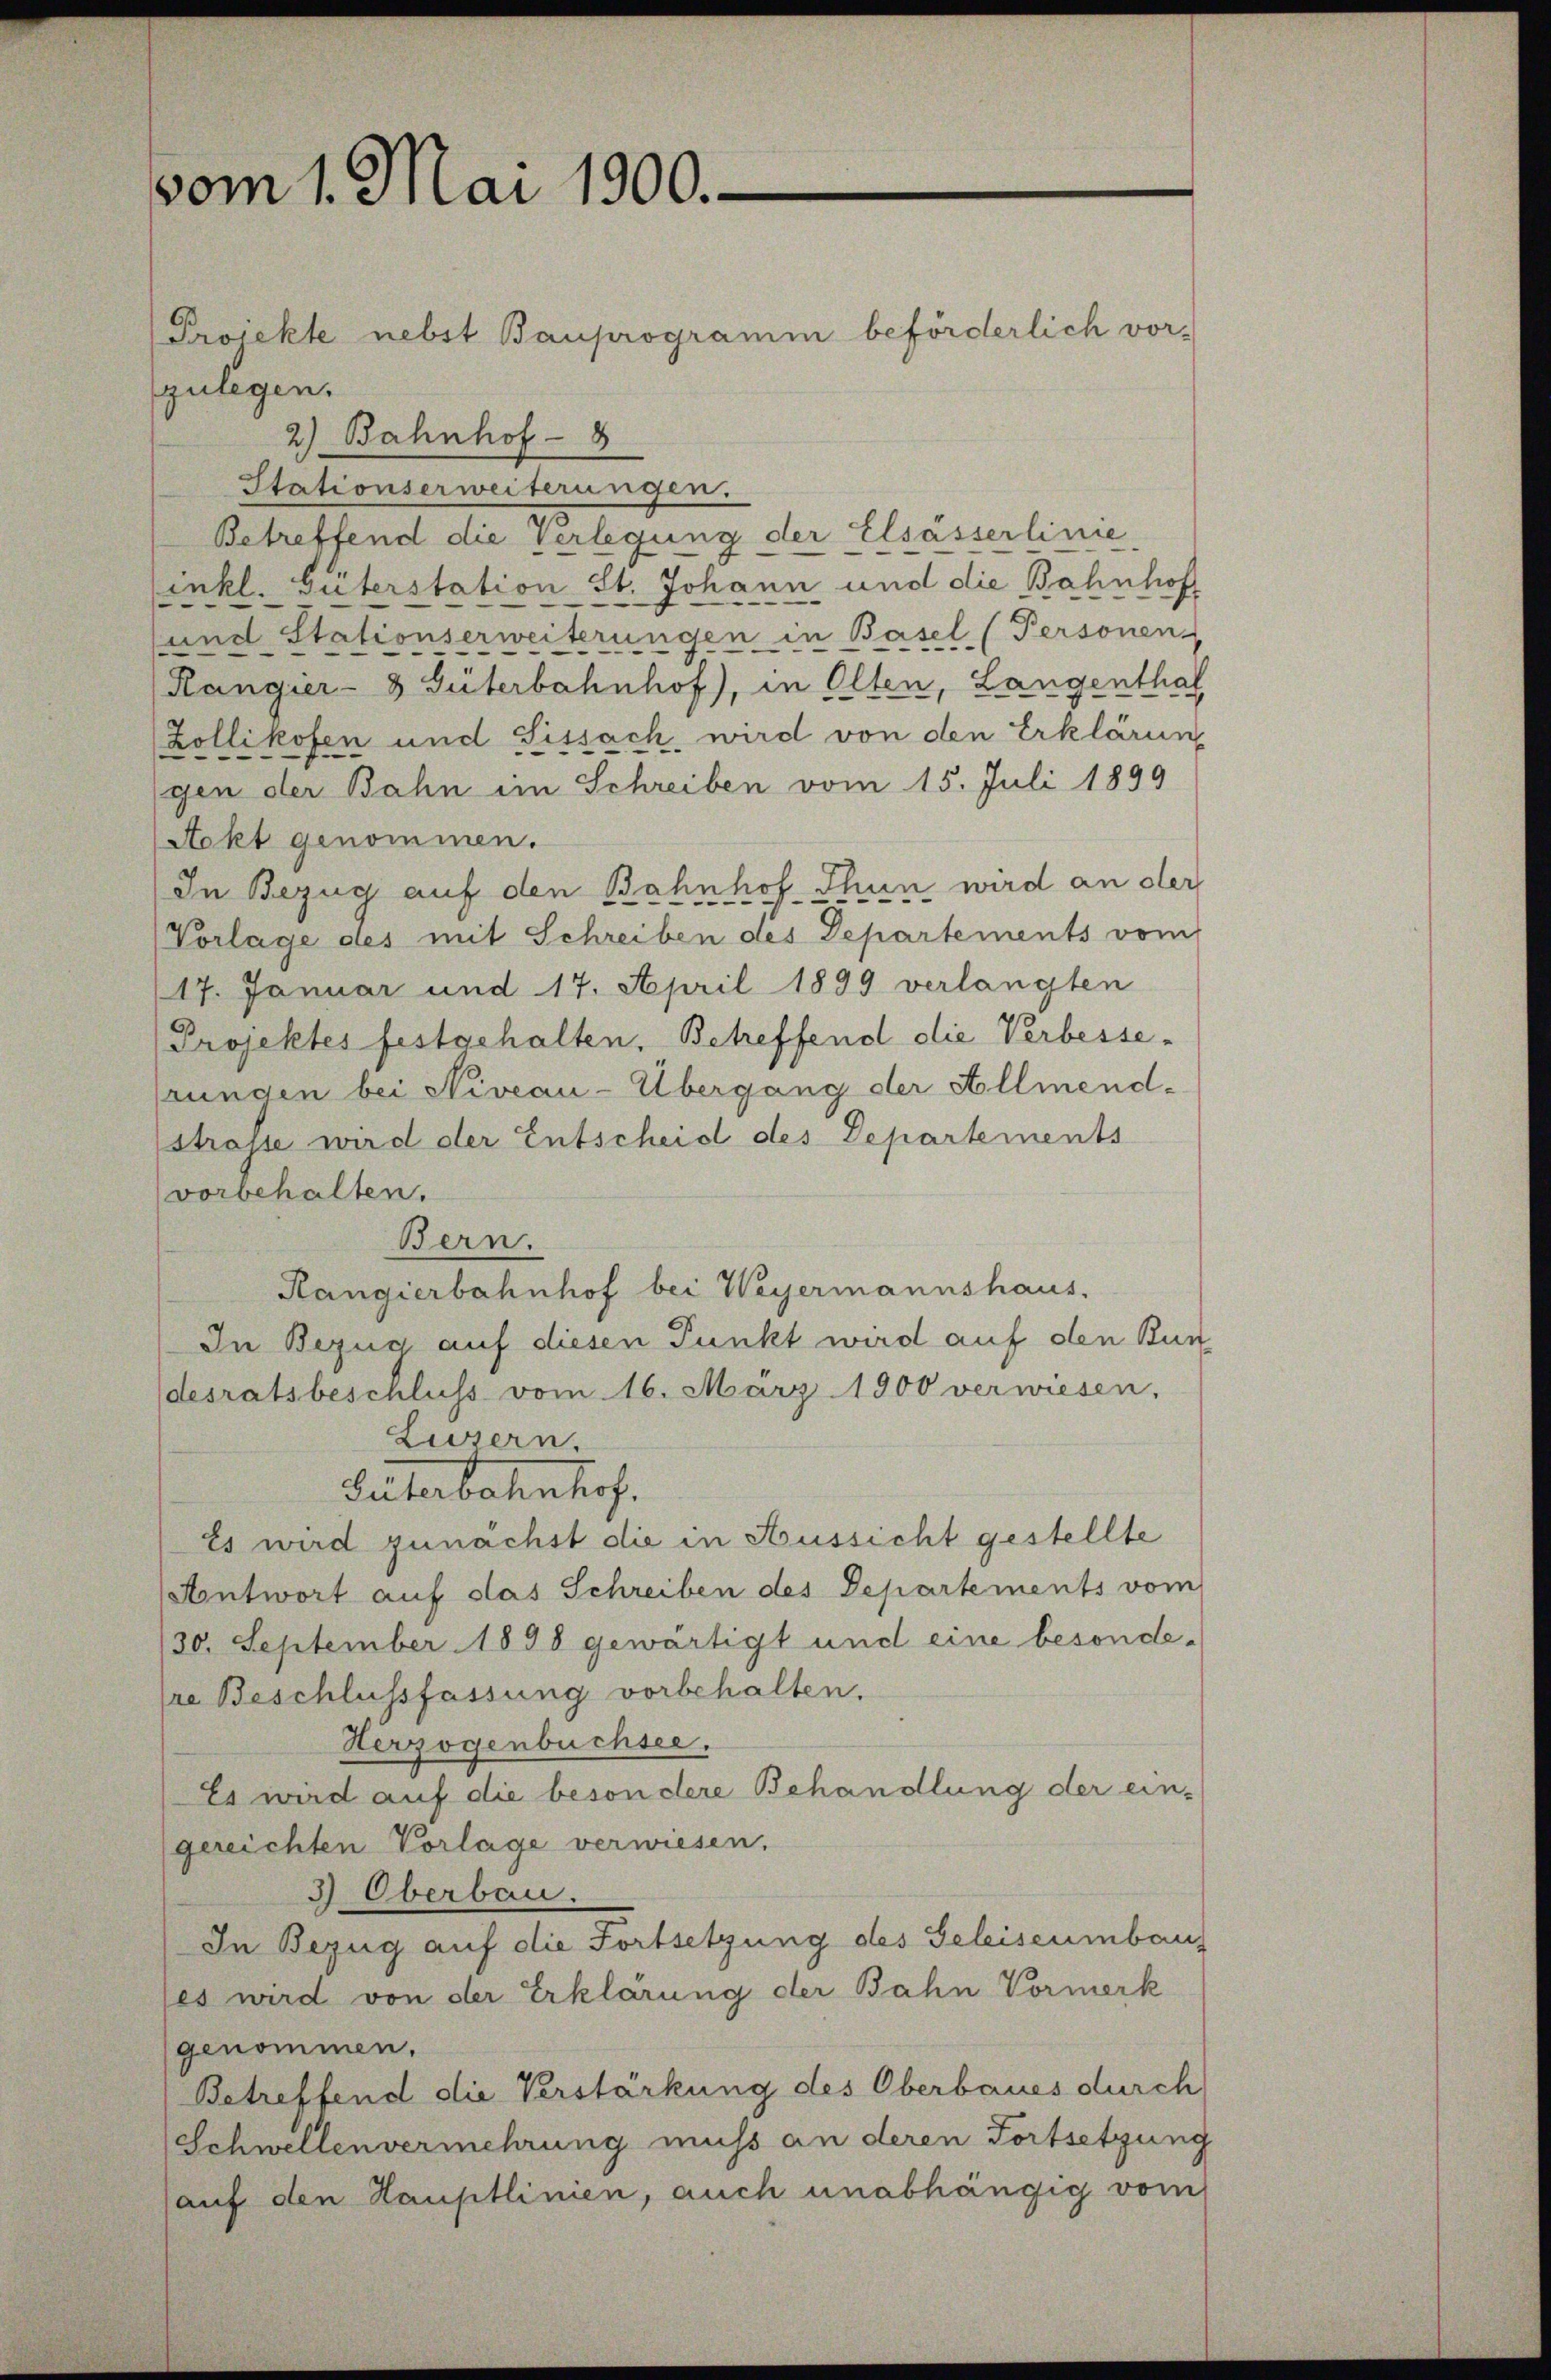
vom 1. Mai 1900.

Projekte nebst Bauprogramm beförderlich vor-
zulegen.
2) Bahnhof - 8
Stationserweiterungen.
Betreffend die Verlegung der Elsässerlinie-
inkl. Güterstation St. Johann und die Bahnhof
und Stationserweiterungen in Basel (Personen
Rangier- & Güterbahnhof), in Olten, Langenthal
Zollikofen und Sissach, wird von den Erklärung
gen der Bahn im Schreiben vom 15. Juli 1899
Aokt genommen.
In Bezug auf den Bahnhof Thun wird an der
Vorlage des mit Schreiben des Departements vom
17. Januar und 17. April 1899 verlangten
Projektes festgehalten, Betreffend die Verbesse-
prungen bei Niveau-Übergang der Allmendstrasse wird der Entscheid des Departements
vorbehalten.
Bern.
Rangierbahnhof bei Weyermannshaus.
In Bezug auf diesen Punkt wird auf den Bun
desratsbeschluss vom 16. März 1900 verwiesen,
Lusern.
Suterbahnhof.
Es wird zunächst die in Aussicht gestellte
Antwort auf das Schreiben des Departements vom
130. September 1898 gewärtigt und eine besondesre Beschlussfassung vorbehalten.
Herzogenbuchsee.
Es wird auf die besondere Behandlung der ein-
gereichten Vorlage verwiesen.
3) Oberbau.
In Bezug auf die Fortsetzung des Geleiseumbau
(es wird von der Erklärung der Bahn Vormerk
genommen.
Betreffend die Verstärkung des Oberbaues durch
Schwellenvermehrung muss an deren Fortsetzung
auf den Hauptlinien, auch unabhängig vom